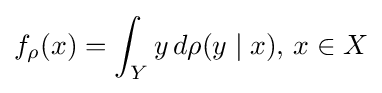
f_{\rho }(x)=\int _{Y}y\,d\rho (y\mid x),\,x\in X